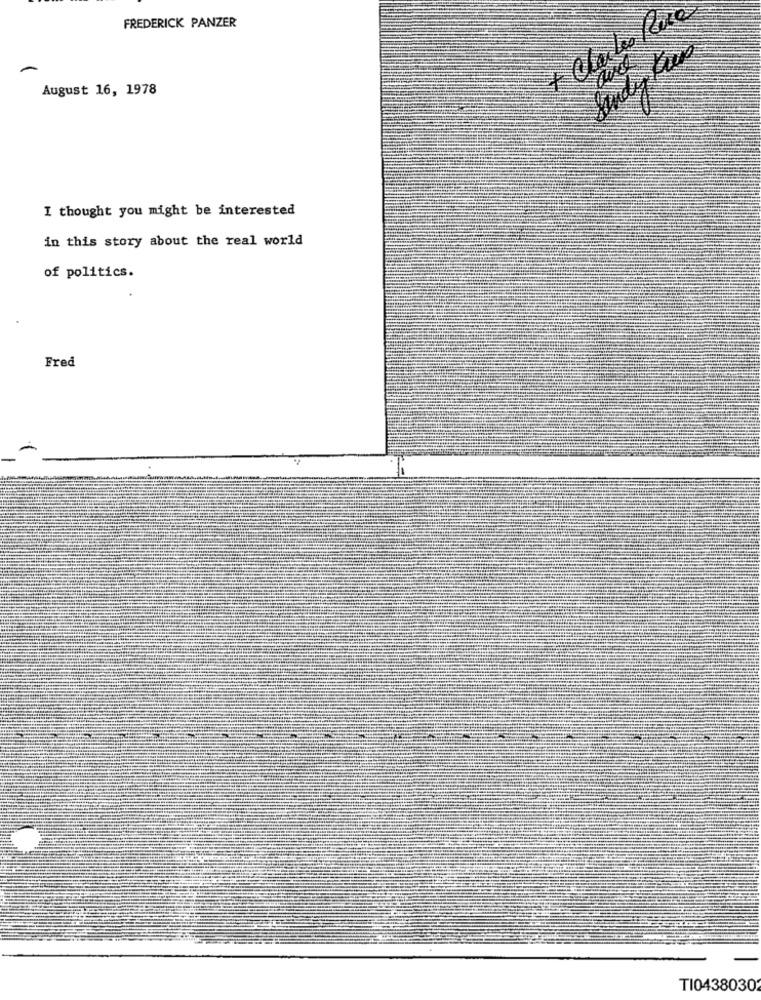
FREDERICK PANZER
August 16, 1978
I thought you might be interested
in this story about the real world
of politics.
Fred
TI0438030